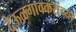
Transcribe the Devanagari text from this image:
देऊळगावकरांच्या